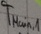
Text: TMain,1